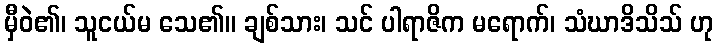
မှီဝဲ၏၊ သူငယ်မ သေ၏။ ချစ်သား၊ သင် ပါရာဇိက မရောက်၊ သံဃာဒိသိသ် ဟု